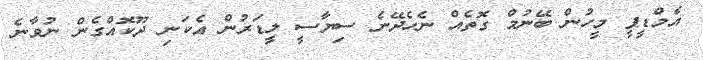
އެމްޑީޕީ މީހުން ބޭނުމް ގޮތެއް ނެހެދޭނެ ސިޔާސީ ލީޑަރުން އެކަނި ދޫކޮއްގެން ނުވާނެ